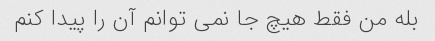
بله من فقط هیچ جا نمی توانم آن را پیدا کنم